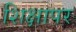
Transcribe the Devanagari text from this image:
शिक्षापर